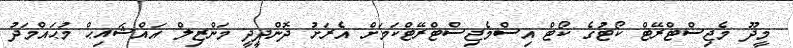
މީދޫ މެޖިސްޓްރޭޓް ކޯޓުގެ ކޯޓް އިސްމެޖިސްޓްރޭޓްކަމަށް އެރަށު ދޮންދީދީ މަންޒިލް އައްޝައިޙް މުޙައްމަދު